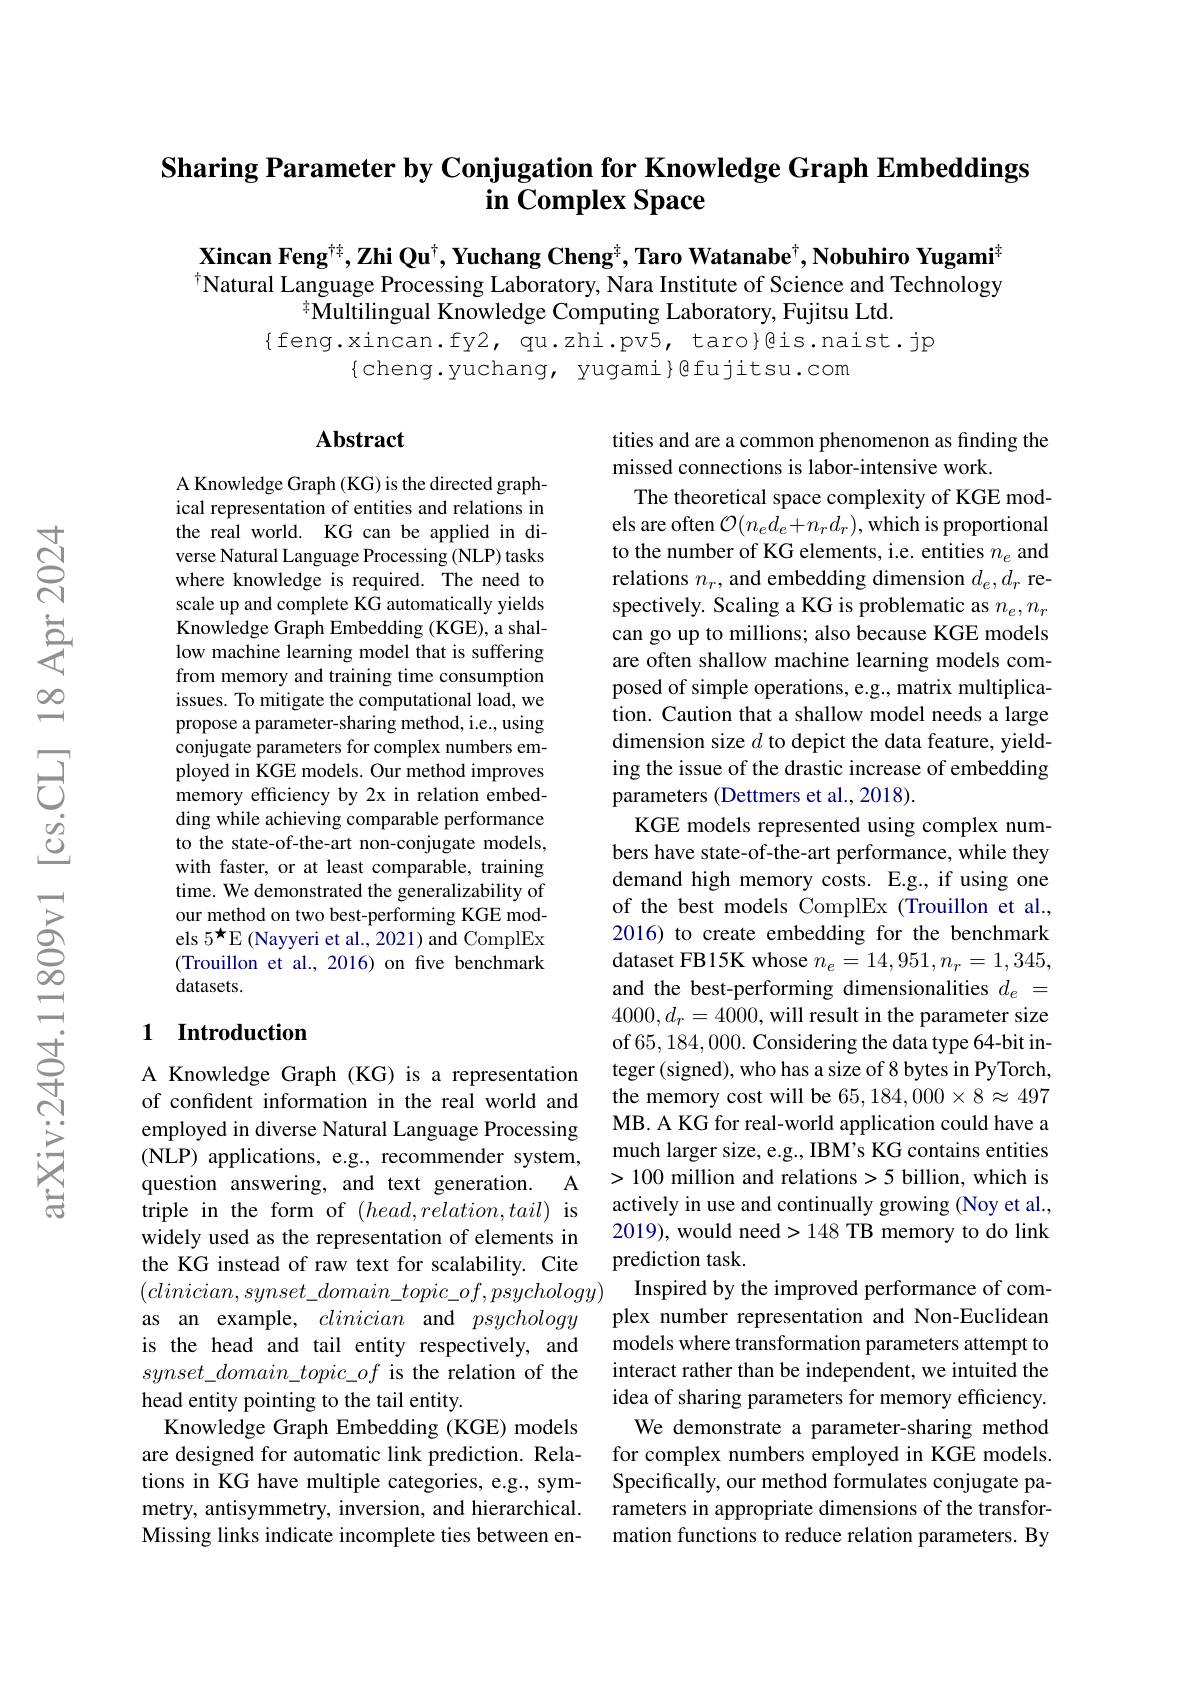
# Sharing Parameter by Conjugation for Knowledge Graph Embeddings $\textbf{in Complex Space}$

Xincan Feng$^\text{t}{\dagger},\textbf{Zhi Qu}^{\dagger},\textbf{Yuchang Cheng}^{\dagger},\textbf{Taro Watanabe}^{\dagger},\textbf{Nobuhiro Yugami}^{\dagger}$ $^{\dagger}$Natural Language Processing Laboratory, Nara Institute of Science and Technology
$^{\text{年Multilingual Knowledge Computing Laboratory, Fujitsu Ltd}.}$
$\{$feng.xincan.fy2, qu.zhi.pv5, taro}@is.naist.jp

$\{$cheng.yuchang, yugami{@fujitsu.com

### $\mathbf{Abstract}$

A Knowledge Graph (KG) is the directed graphical representation of entities and relations in the real world. KG can be applied in diverse Natural Language Processing (NLP) tasks where knowledge is required. The need to scale up and complete KG automatically yields Knowledge Graph Embedding (KGE), a shallow machine learning model that is suffering from memory and training time consumption issues. To mitigate the computational load, we propose a parameter-sharing method, i.e., using conjugate parameters for complex numbers employed in KGE models. Our method improves memory efficiency by 2x in relation embedding while achieving comparable performance to the state-of-the-art non-conjugate models, with faster, or at least comparable, training time. We demonstrated the generalizability of our method on two best-performing KGE models $5^{\star}$E (Nayyeri et al., 2021) and ComplEx (Trouillon et al., 2016) on five benchmark datasets.

tities and are a common phenomenon as finding the
missed connections is labor-intensive work.
The theoretical space complexity of KGE models are often $\mathcal{O}(n_ed_e+n_rd_r)$, which is proportional to the number of KG elements, i.e. entities $n_e$ and relations $n_r$, and embedding dimension $d_e,d_r$ respectively. Scaling a KG is problematic as $n_e,n_r$ can go up to millions; also because KGE models are often shallow machine learning models composed of simple operations, e.g., matrix multiplication. Caution that a shallow model needs a large dimension size $d$ to depict the data feature, yielding the issue of the drastic increase of embedding parameters (Dettmers et al.,2018).
KGE models represented using complex numbers have state-of-the-art performance, while they demand high memory costs. E.g., if using one of the best models ComplEx(Trouillon et al., 2016) to create embedding for the benchmark dataset FB15K whose $n_e=14,951,n_r=1,345$, and the best-performing dimensionalities $d_e=$ $4000,d_r=4000$, will result in the parameter size of 65,184,000. Considering the data type 64-bit integer (signed), who has a size of 8 bytes in PyTorch, the memory cost will be 65,184,000×8≈497 MB. A KG for real-world application could have a much larger size, e.g., IBM's KG contains entities >100 million and relations>5 billion, which is actively in use and continually growing (Noy et al., 2019), would need>148 TB memory to do link prediction task.
Inspired by the improved performance of complex number representation and Non-Euclidean models where transformation parameters attempt to interact rather than be independent, we intuited the idea of sharing parameters for memory efficiency.
We demonstrate a parameter-sharing method for complex numbers employed in KGE models. Specifically, our method formulates conjugate parameters in appropriate dimensions of the transformation functions to reduce relation parameters. By

## 1 Introduction

A Knowledge Graph (KG) is a representation of confident information in the real world and employed in diverse Natural Language Processing (NLP) applications, e.g., recommender system, question answering, and text generation. A triple in the form of $(head,relation,tail)$ is widely used as the representation of elements in the KG instead of raw text for scalability. Cite $(clinician,synset\_domain\_topic\_of,psychology)$
as an example, clinician and psychology is the head and tail entity respectively, and $synset\_domain\_topic\_of$ is the relation of the head entity pointing to the tail entity.
Knowledge Graph Embedding (KGE) models are designed for automatic link prediction. Relations in KG have multiple categories, e.g., symmetry, antisymmetry, inversion, and hierarchical. Missing links indicate incomplete ties between en-